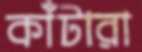
কাঁটারা